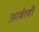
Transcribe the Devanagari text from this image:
आर्बरची